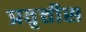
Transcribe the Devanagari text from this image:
प्रवृत्तीस